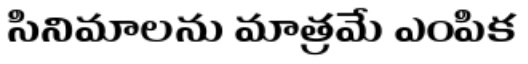
సినిమాలను మాత్రమే ఎంపిక